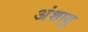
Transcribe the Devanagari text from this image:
अंशायु